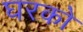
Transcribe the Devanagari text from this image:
घरको